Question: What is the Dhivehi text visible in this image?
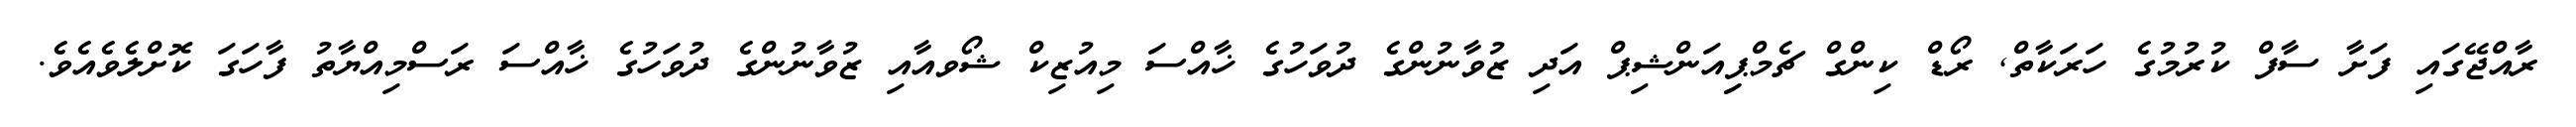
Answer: ރާއްޖޭގައި ފަށާ ސާފް ކުރުމުގެ ހަރަކާތް, ރޯޑް ކިންގް ޗެމްޕިިއަންޝިޕް އަދި ޒުވާނުންގެ ދުވަހުގެ ޚާއްސަ މިއުޒިކް ޝޯވއާއި ޒުވާނުންގެ ދުވަހުގެ ޚާއްސަ ރަސްމިއްޔާތު ފާހަގަ ކޮށްލެވެއެވެ.